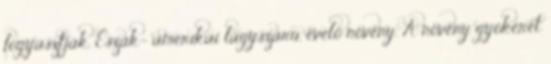
fogyasztják. Észak- amerikai lágyszárú, évelő növény. A növény gyökerét